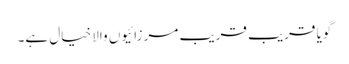
گویا قریب قریب مرزائیوں والا خیال ہے۔